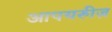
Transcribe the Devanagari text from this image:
आपयरुीज़